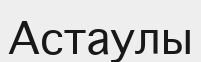
Астаулы